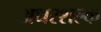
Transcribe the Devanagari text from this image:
अधरशल्क